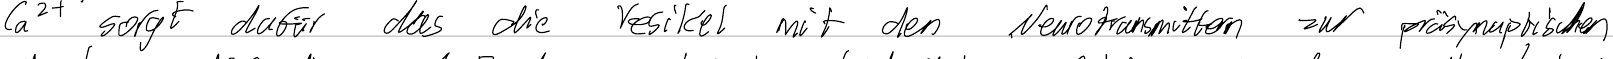
Ca2+ sorgt dafür das die Vesikel mit den Neurotransmittern zur präsynaptischen